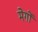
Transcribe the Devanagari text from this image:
मेर्गों